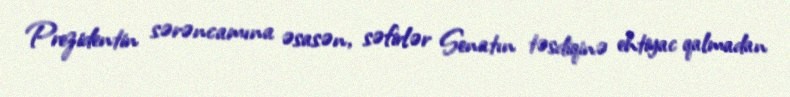
Prezidentin sərəncamına əsasən, səfirlər Senatın təsdiqinə ehtiyac qalmadan